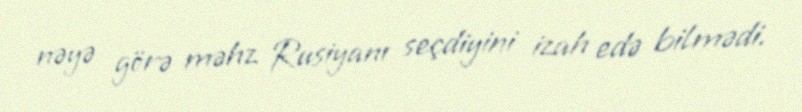
nəyə görə məhz Rusiyanı seçdiyini izah edə bilmədi.